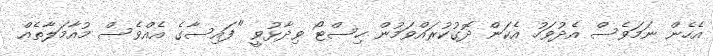
އެހެން ނަމަވެސް އެދުވަހު އެކަން ދޮގުކުރައްވަމުން ހިސްޓޯ ވިދާޅުވީ "ފައިސާގެ އެއްވެސް މުއާމަލާތެއް